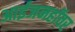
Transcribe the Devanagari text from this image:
आईजनहॉवर